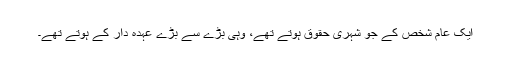
ایک عام شخص کے جو شہری حقوق ہوتے تھے، وہی بڑے سے بڑے عہدہ دار کے ہوتے تھے۔